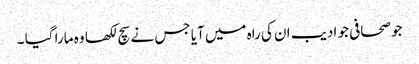
جو صحافی جو ادیب ان کی راہ میں آیا جس نے سچ لکھا وہ مارا گیا ۔